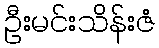
ဦးမင်းသိန်းဇံ